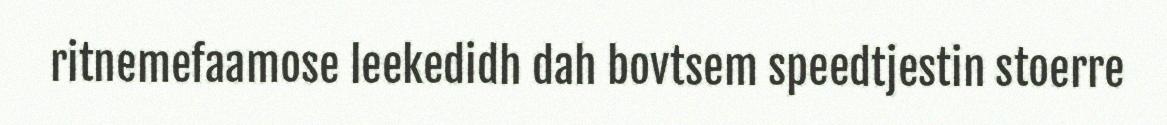
ritnemefaamose leekedidh dah bovtsem speedtjestin stoerre